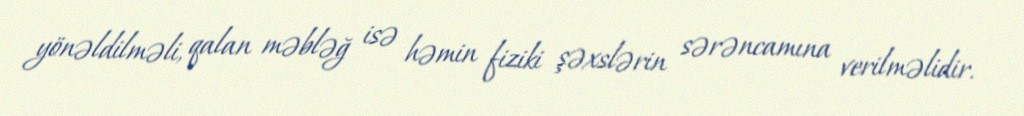
yönəldilməli, qalan məbləğ isə həmin fiziki şəxslərin sərəncamına verilməlidir.